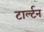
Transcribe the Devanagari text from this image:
टार्ल्टन